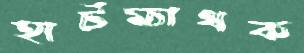
হার্টম্যাথক